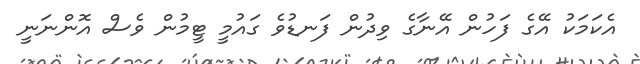
އެކަމަކު އޭގެ ފަހުން އޭނާގެ ވިދުން ފަނޑުވެ ގައުމީ ޓީމުން ވެސް އޮންނަނީ